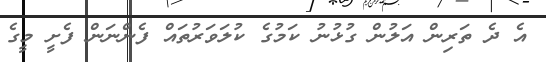
އެ ދެ ތަރިން އަލުން ގުޅުނު ކަމުގެ ކުލަވަރުތައް ފެންނަން ފެށީ މީގެ